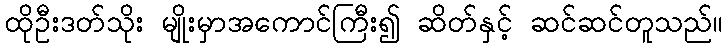
ထိုဦးဒတ်သိုး မျိုးမှာအကောင်ကြီး၍ ဆိတ်နှင့် ဆင်ဆင်တူသည်။